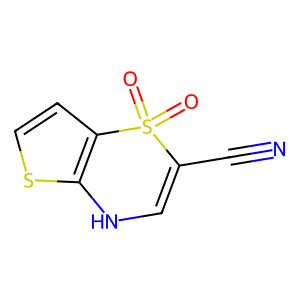
SMILES: N#CC1=CNc2sccc2S1(=O)=O
Inhibits HIV replication: No